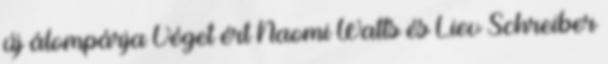
új álompárja Véget ért Naomi Watts és Liev Schreiber